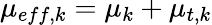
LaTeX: \mu_{eff,k}=\mu_{k}+\mu_{t,k}